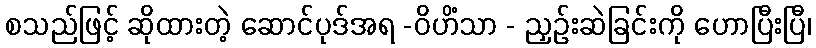
စသည်ဖြင့် ဆိုထားတဲ့ ဆောင်ပုဒ်အရ -ဝိဟိံသာ - ညှဉ်းဆဲခြင်းကို ဟောပြီးပြီ၊